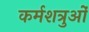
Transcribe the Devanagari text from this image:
कर्मशत्रुओं